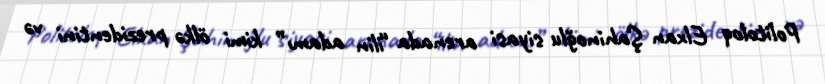
Politoloq Elxan Şahinoğlu siyasi arenada “ilin adamı” kimi ölkə prezidentini və